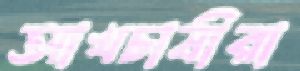
আখচাষীরা